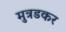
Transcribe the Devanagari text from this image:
मुत्रडकर